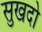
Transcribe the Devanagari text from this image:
सुखदो